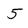
Character: 5